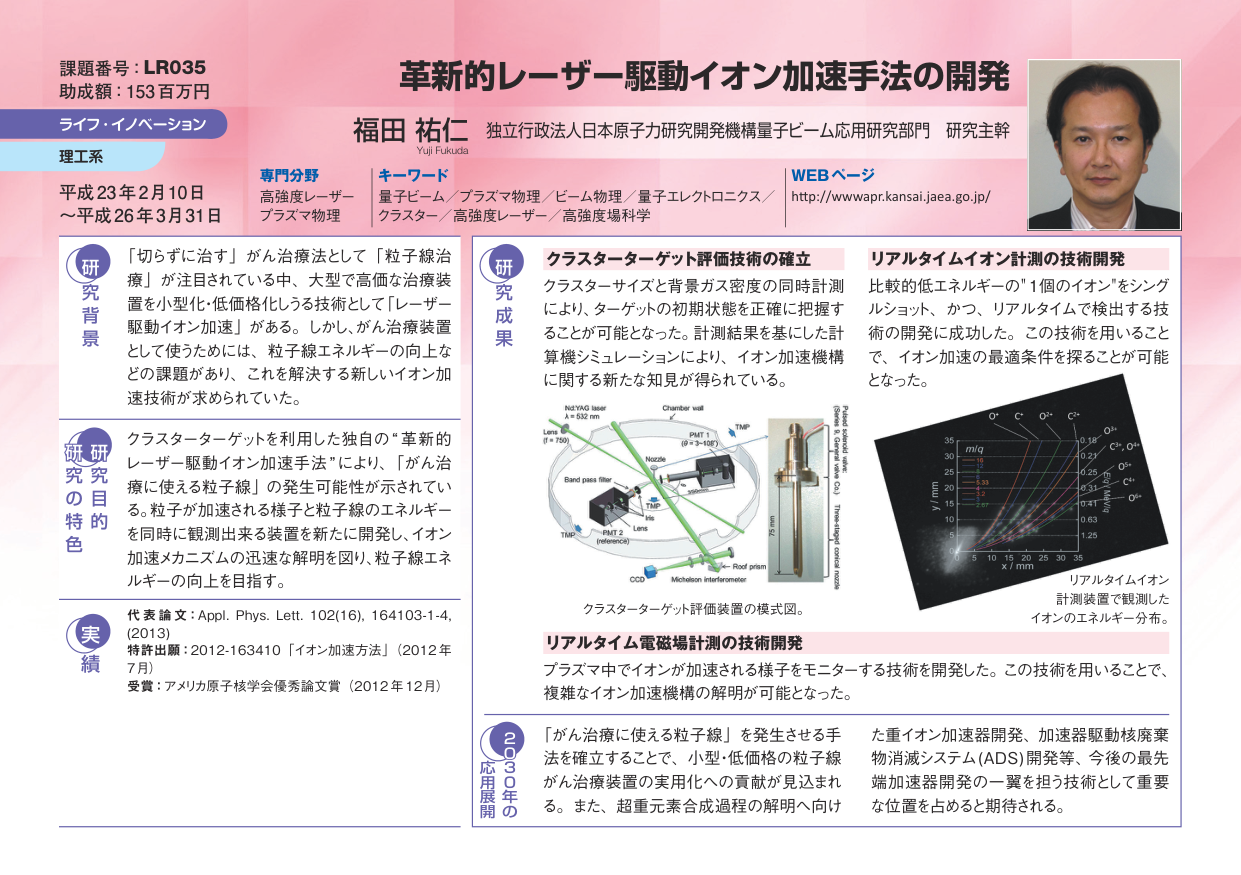
課題番号：LR035
助成額：153百万円
ライフ・イノベーション
理工系
平成23年2月10日
～平成26年3月31日

革新的レーザー駆動イオン加速手法の開発
福田 祐仁 独立行政法人日本原子力研究開発機構量子ビーム応用研究部門 研究主幹
Yui Fukuda

専門分野
高強度レーザー
プラズマ物理

キーワード
量子ビーム／プラズマ物理／ビーム物理／量子エレクトロニクス／
クラスター／高強度レーザー／高強度場科学

WEBページ
http://wwwap.r.kansai.jaea.go.jp/

研究背景
「切らずに治す」がん治療法として「粒子線治療」が注目されている中、大型で高価な治療装置を小型化・低価格化しうる技術として「レーザー駆動イオン加速」がある。しかし、がん治療装置として使うためには、粒子線エネルギーの向上などの課題があり、これを解決する新しいイオン加速技術が求められていた。

研究の目的・特色
クラスターターゲットを利用した独自の“革新的レーザー駆動イオン加速手法”により、「がん治療に使える粒子線」の発生可能性が示されている。粒子が加速される様子と粒子線のエネルギーを同時に観測出来る装置を新たに開発し、イオン加速メカニズムの迅速な解明を図り、粒子線エネルギーの向上を目指す。

実績
代表論文：Appl. Phys. Lett. 102(16), 164103-1-4, (2013)
特許出願：2012-163410「イオン加速方法」(2012年7月)
受賞：アメリカ原子核学会優秀論文賞（2012年12月）

研究成果
クラスターターゲット評価技術の確立
クラスターサイズと背景ガス密度の同時計測により、ターゲットの初期状態を正確に把握することが可能となった。計測結果を基にした計算機シミュレーションにより、イオン加速機構に関する新たな知見が得られている。

クラスターターゲット評価装置の模式図。
Nd:YAG laser λ = 532 nm
Lens (f = 750)
Band pass filter
PM T 1 (P = 3-10E)
Nozzle
TAP
Lens
PM T 2 (reference)
TAP
CCD
Michelson interferometer
Rod prism
Chamber wall
TAP
75 mm
(Plasma & cluster wave (λ))
(Plasma & cluster wave (λ))
Three-stage cluster nozzle

リアルタイムイオン計測の技術開発
比較的低エネルギーの“1個のイオン”をシングルショット、かつ、リアルタイムで検出する技術の開発に成功した。この技術を用いることで、イオン加速の最適条件を探ることが可能となった。

リアルタイムイオン計測装置で観測したイオンのエネルギー分布。
m/q
35
30
25
20
15
10
5
0
0 5 10 15 20 25 30 35
x / mm
y / mm
O⁺
C⁺
O²⁺
C²⁺
O³⁺
C³⁺
0.18
0.23
0.25
0.31
0.41
0.63
1.25

リアルタイム電磁場計測の技術開発
プラズマ中でイオンが加速される様子をモニターする技術を開発した。この技術を用いることで、複雑なイオン加速機構の解明が可能となった。

応用展開（2030年）
「がん治療に使える粒子線」を発生させる手法を確立することで、小型・低価格の粒子線がん治療装置の実用化への貢献が見込まれる。また、超重元素合成過程の解明へ向けた重イオン加速器開発、加速器駆動核廃棄物消滅システム(ADS)開発等、今後の最先端加速器開発の一翼を担う技術として重要な位置を占めることが期待される。